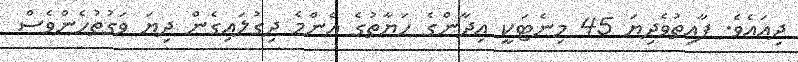
ދިއައެވެ. ފާއިތުވެދިޔަ 45 މިނެޓަކީ އިދާންގެ ހަޔާތުގެ އެންމެ ދިގުލައިގެން ދިޔަ ވަގުތުހެންވެސް